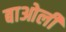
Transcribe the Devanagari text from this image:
बाओली